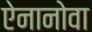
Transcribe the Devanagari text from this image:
ऐनानोवा